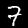
Label: 7